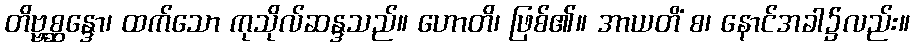
တိဗ္ဗစ္ဆန္ဒော၊ ထက်သော ကုသိုလ်ဆန္ဒသည်။ ဟောတိ၊ ဖြစ်၏။ အာယတိံ စ၊ နောင်အခါ၌လည်း။